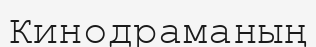
Кинодраманың